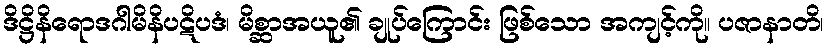
ဒိဋ္ဌိနိရောဒဂါမိနိပဋိပဒံ၊ မိစ္ဆာအယူ၏ ချုပ်ကြောင်း ဖြစ်သော အကျင့်ကို။ ပဇာနာတိ၊